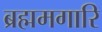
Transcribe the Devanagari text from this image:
ब्रह्ममगारि